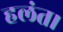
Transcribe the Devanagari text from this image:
हलंत।